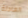
العادلة